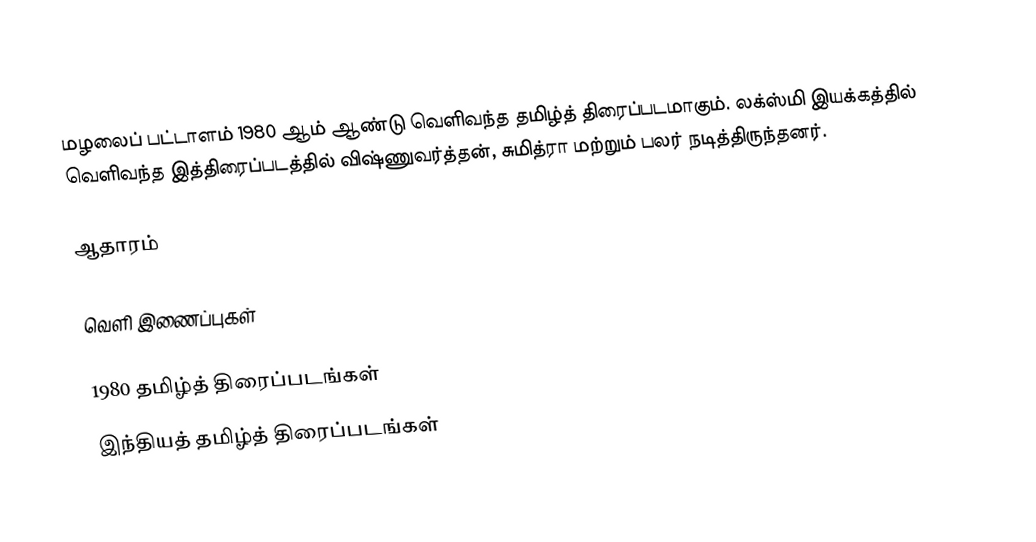
மழலைப் பட்டாளம் 1980 ஆம் ஆண்டு வெளிவந்த தமிழ்த் திரைப்படமாகும். லக்ஸ்மி இயக்கத்தில் வெளிவந்த இத்திரைப்படத்தில் விஷ்ணுவர்த்தன், சுமித்ரா மற்றும் பலர் நடித்திருந்தனர்.

ஆதாரம்

வெளி இணைப்புகள்

1980 தமிழ்த் திரைப்படங்கள்
இந்தியத் தமிழ்த் திரைப்படங்கள்